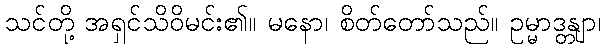
သင်တို့ အရှင်သိဝိမင်း၏။ မနော၊ စိတ်တော်သည်။ ဥမ္မာဒန္တျာ၊